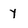
Character: y